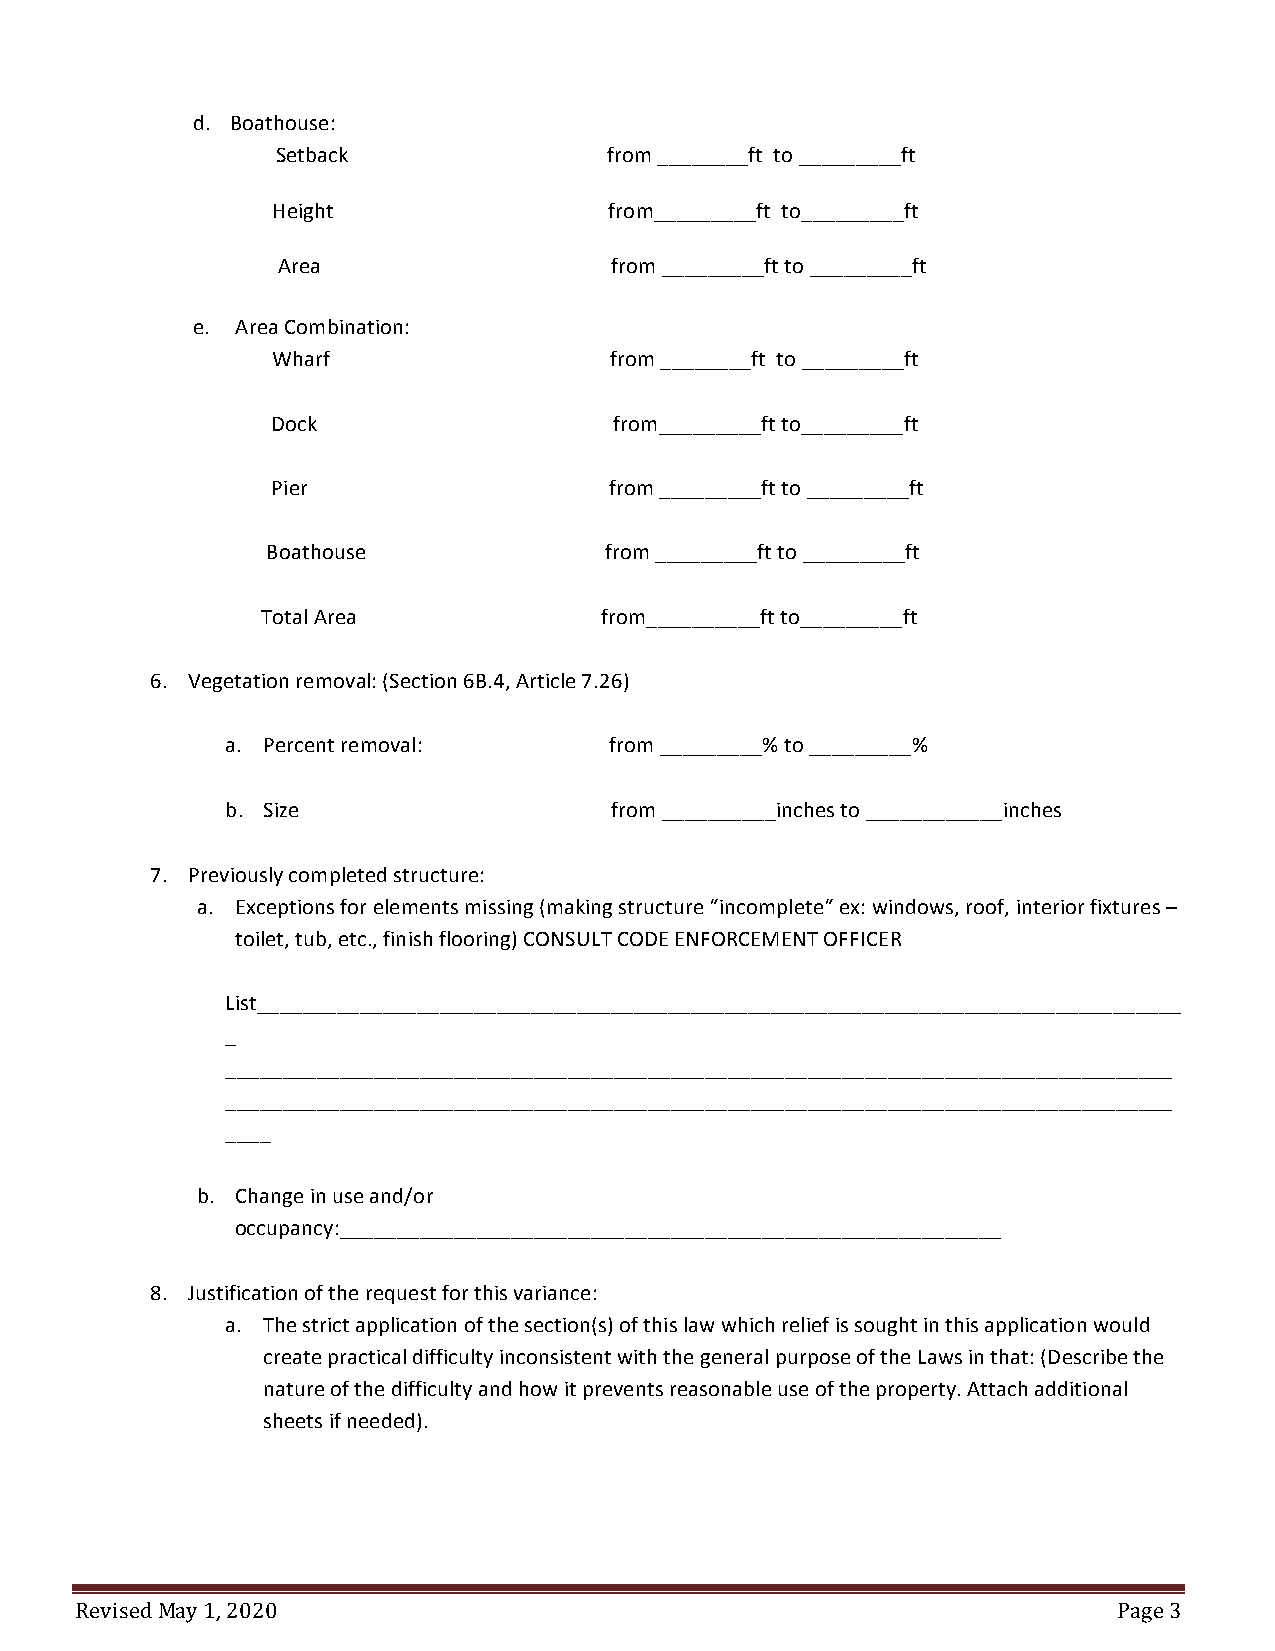
d. Boathouse:
 Setback               from ________ft to _________ft
 Height                from_________ft to_________ft
 Area                  from _________ft to _________ft
 e. Area Combination:
 Wharf                 from ________ft to _________ft
 Dock                   from_________ft to_________ft
 Pier                  from _________ft to _________ft
 Boathouse             from _________ft to _________ft
 Total Area             from__________ft to_________ft
 6. Vegetation removal: (Section 6B.4, Article 7.26)
 a. Percent removal:      from _________% to _________%
 b. Size                  from __________inches to ____________inches
 7. Previously completed structure:
 a. Exceptions for elements missing (making structure “incomplete“ ex: windows, roof, interior fixtures –
 toilet, tub, etc., finish flooring) CONSULT CODE ENFORCEMENT OFFICER
 List_________________________________________________________________________________
 _
 ___________________________________________________________________________________
 ___________________________________________________________________________________
 ____
 b. Change in use and/or
 occupancy:__________________________________________________________
 8. Justification of the request for this variance:
 a. The strict application of the section(s) of this law which relief is sought in this application would
 create practical difficulty inconsistent with the general purpose of the Laws in that: (Describe the
 nature of the difficulty and how it prevents reasonable use of the property. Attach additional
 sheets if needed).
 Revised May 1, 2020                                                  Page 3